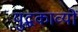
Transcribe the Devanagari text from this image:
युद्धकाव्यों